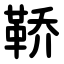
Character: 鞒